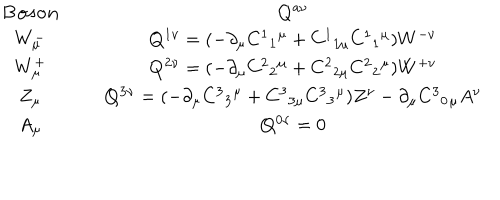
LaTeX: \begin{array} { c c } { { { \bf { B o s o n } } \; \; } } & { { { \bf { Q ^ { a \nu } } } } } \\ { { W _ { \mu } ^ { - } \; \; } } & { { { \bf { Q ^ { 1 \nu } } } = ( - \partial _ { \mu } C ^ { 1 } { } _ { 1 } { } ^ { \mu } + C ^ { 1 } { } _ { 1 \mu } C ^ { 1 } { } _ { 1 } { } ^ { \mu } ) W ^ { - \nu } } } \\ { { W _ { \mu } ^ { + } \; \; } } & { { { \bf { Q ^ { 2 \nu } } } = ( - \partial _ { \mu } C ^ { 2 } { } _ { 2 } { } ^ { \mu } + C ^ { 2 } { } _ { 2 \mu } C ^ { 2 } { } _ { 2 } { } ^ { \mu } ) W ^ { + \nu } } } \\ { { Z _ { \mu } \; \; } } & { { { \bf { Q ^ { 3 \nu } } } = ( - \partial _ { \mu } C ^ { 3 } { } _ { 3 } { } ^ { \mu } + C ^ { 3 } { } _ { 3 \mu } C ^ { 3 } { } _ { 3 } { } ^ { \mu } ) Z ^ { \nu } - \partial _ { \mu } C ^ { 3 } { } _ { 0 } { } _ { \mu } A ^ { \nu } } } \\ { { A _ { \mu } \; \; } } & { { { \bf { Q ^ { 0 \nu } } } = 0 } } \\ \end{array}